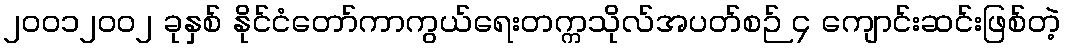
၂၀၀၁၂၀၀၂ ခုနှစ် နိုင်ငံတော်ကာကွယ်ရေးတက္ကသိုလ်အပတ်စဉ် ၄ ကျောင်းဆင်းဖြစ်တဲ့